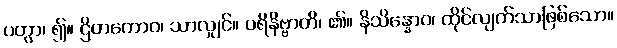
ပတွာ၊ ၍။ ဌိတကောဝ၊ သာလျှင်။ ပရိနိဗ္ဗာတိ၊ ၏။ နိသိန္နောဝ၊ ထိုင်လျက်သာဖြစ်သော။